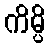
ကိမ္ပိ